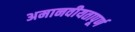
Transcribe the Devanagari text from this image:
अमानवीयतापूर्ण